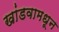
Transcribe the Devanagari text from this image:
खांडवामधून